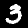
Label: 3